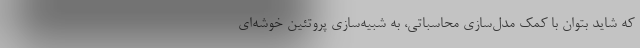
که شاید بتوان با کمک مدل‌سازی محاسباتی، به شبیه‌سازی‌ پروتئین خوشه‌ای